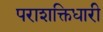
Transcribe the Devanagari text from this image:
पराशक्तिधारी